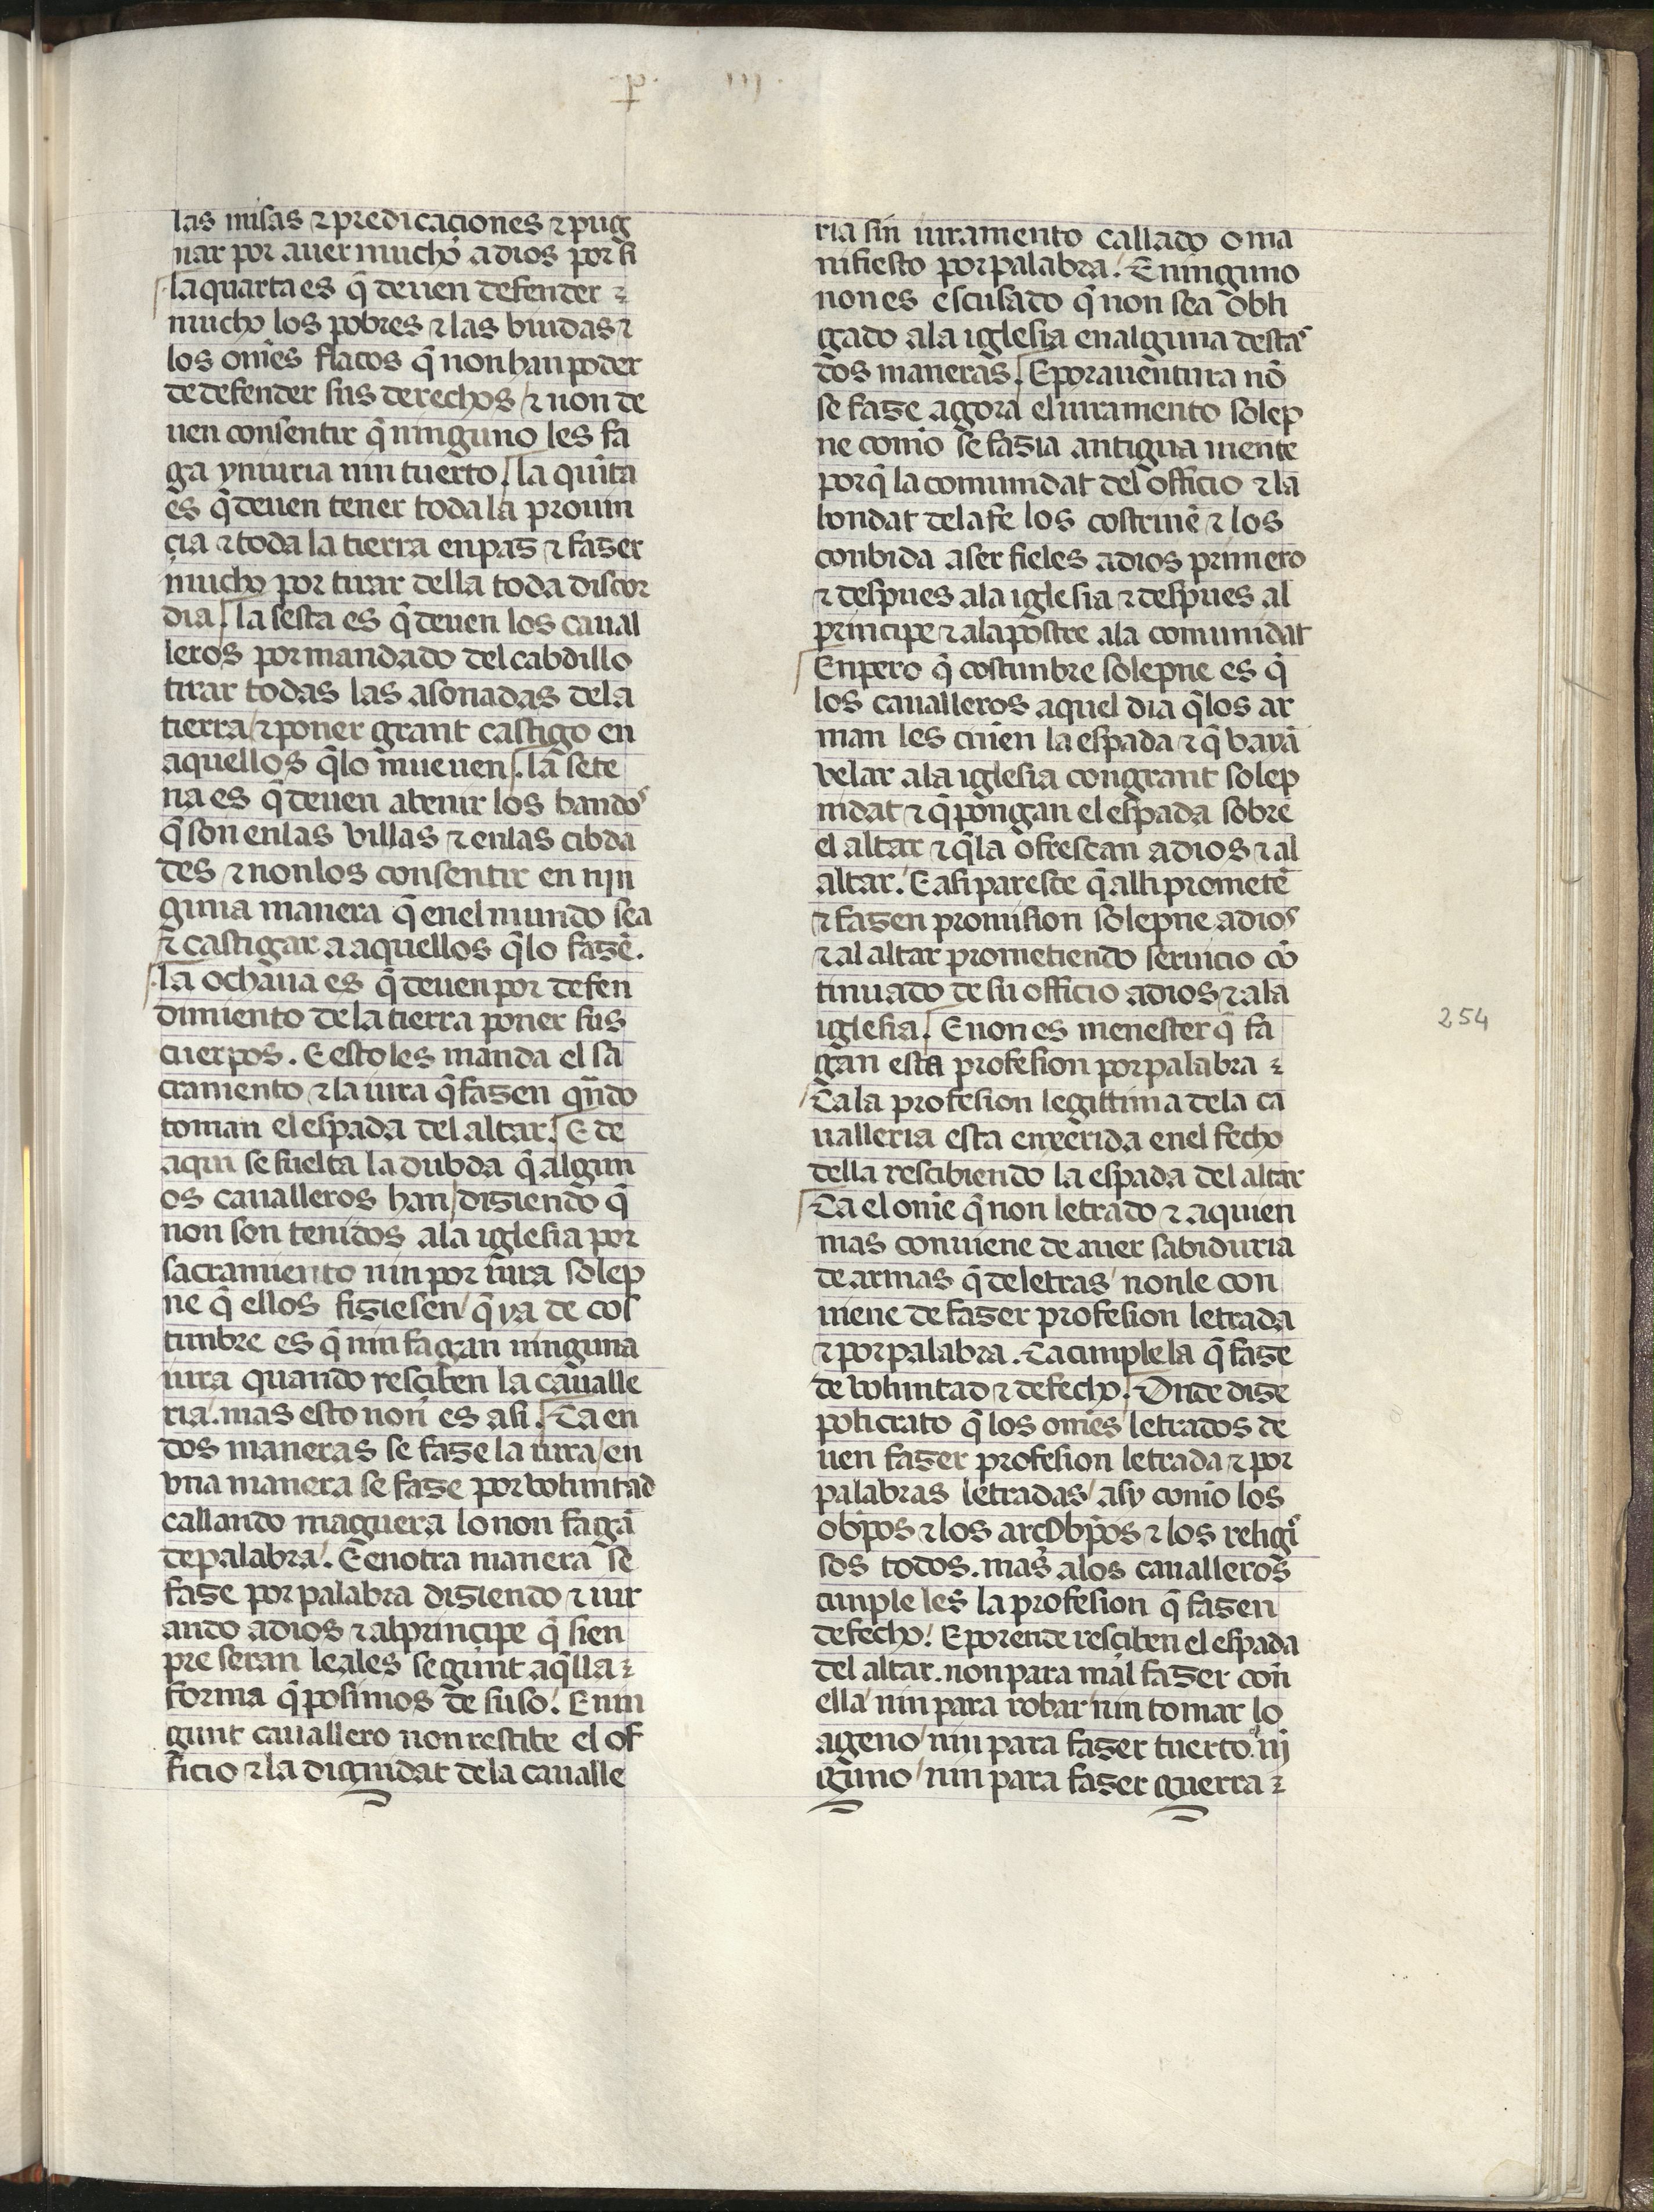
Shelfmark: Madrid, Fundación Lázaro Galdiano, mss 289
Century: 15